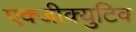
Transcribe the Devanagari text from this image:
एक्जीक्युटिव